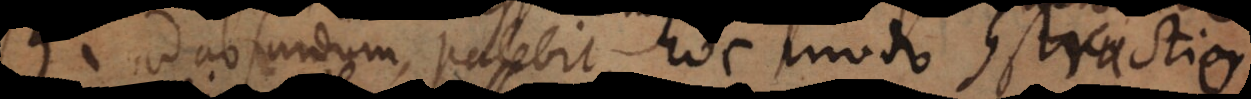
ad absurdum, patebit hoc modo constructio